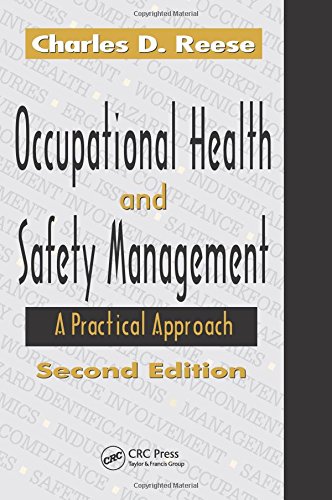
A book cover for Occupational Health and Safety Management: A Practical Approach, Second Edition; Charles D. Reese; Law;